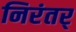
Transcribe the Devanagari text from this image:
निरंतर्